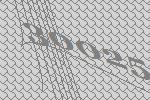
30025